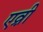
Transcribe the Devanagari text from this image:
एव़्री